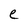
Character: e